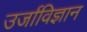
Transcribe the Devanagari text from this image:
उर्जाविज्ञान